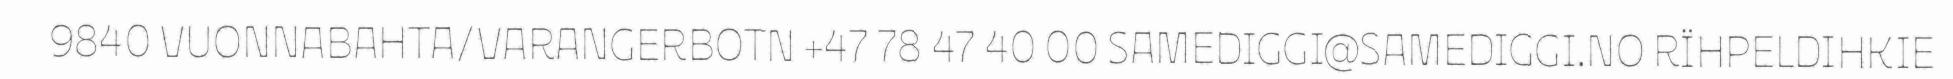
9840 VUONNABAHTA/VARANGERBOTN +47 78 47 40 00 SAMEDIGGI@SAMEDIGGI.NO RÏHPELDIHKIE